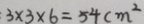
: 3 \times 3 \times 6 = 5 4 c m ^ { 2 }